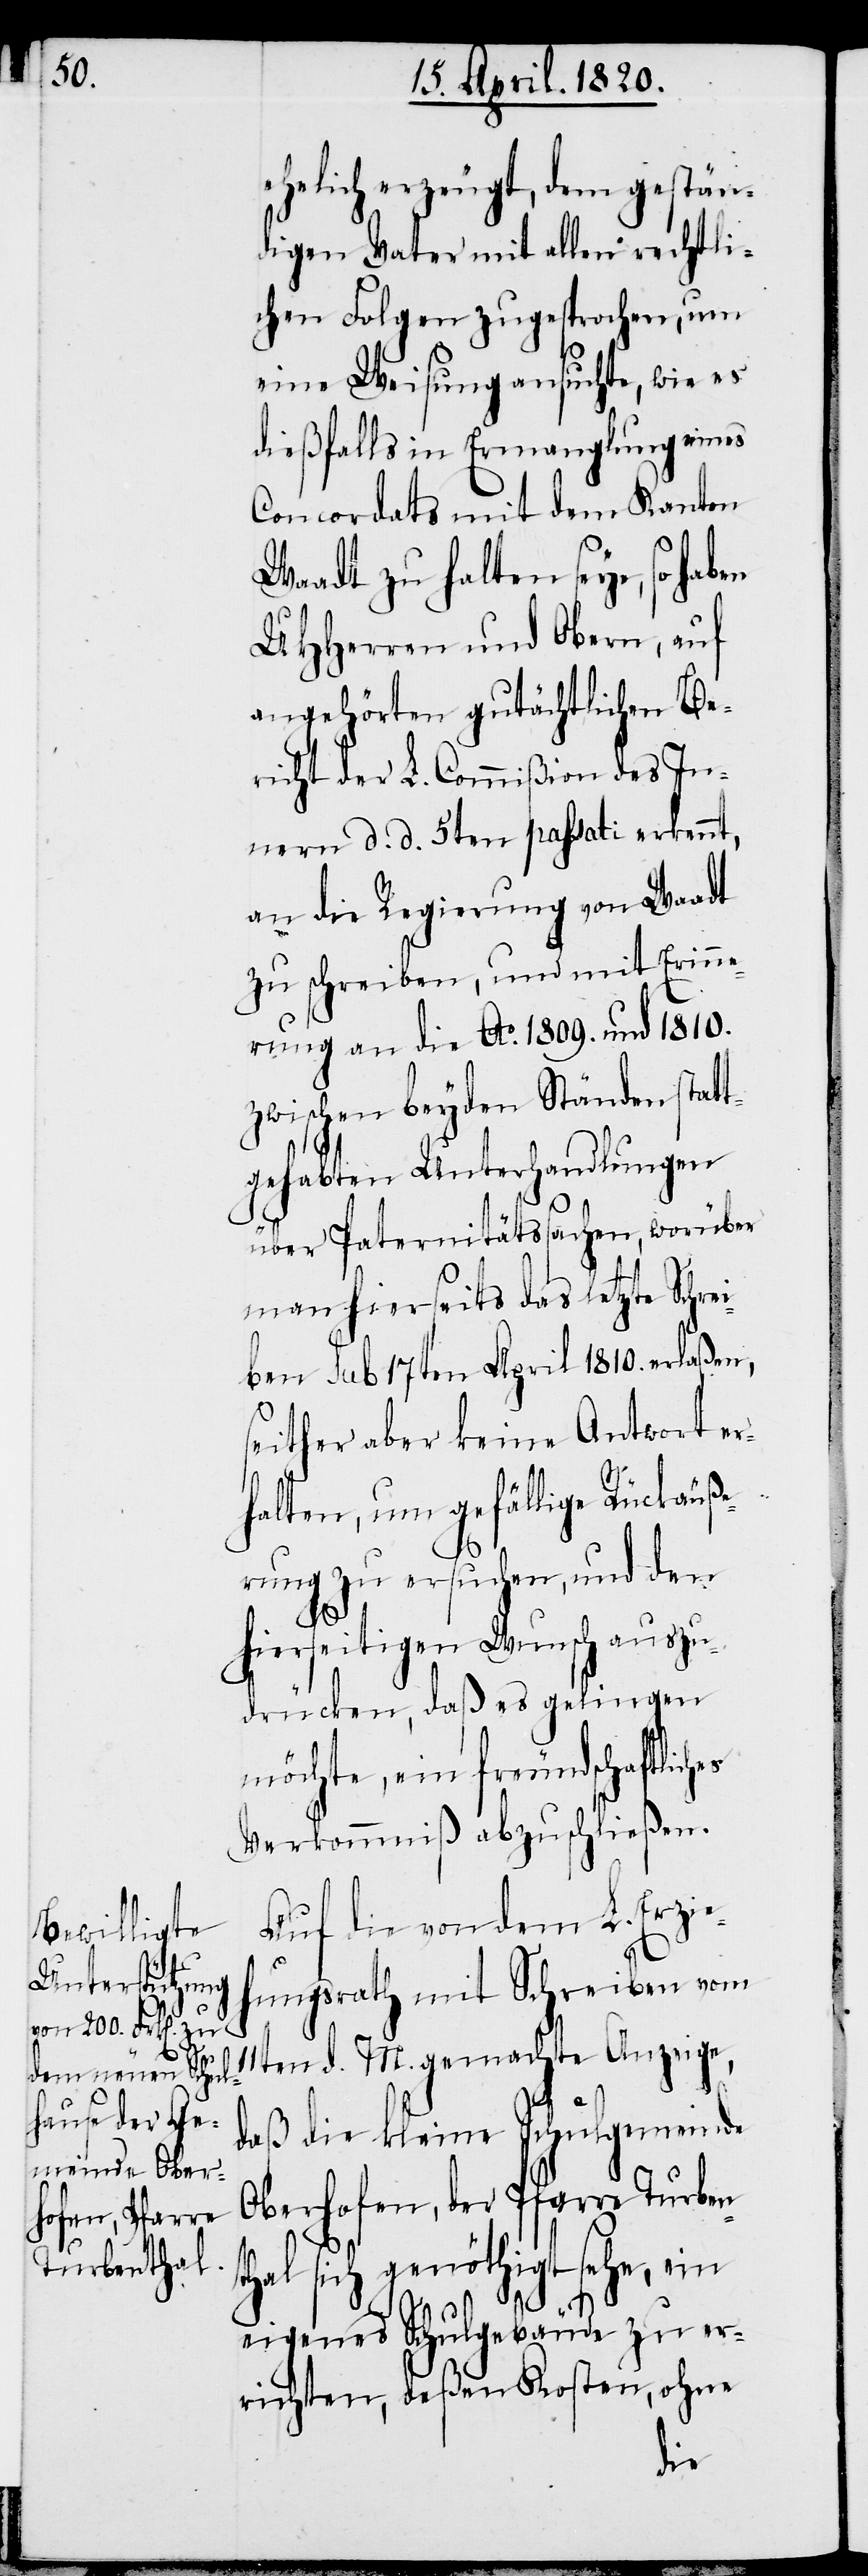
ehelich erzeugt, dem gestän¬
digen Vater mit allen rechtli¬
chen Folgen zugesprochen, um
eine Weisung ansuchte, wie es
dießfalls in Ermanglung eines
Concordats mit dem Kanton
Waadt zu halten seye, so haben
UHHerren und Obern, auf
angehörten gutächtlichen Be¬
richt der L. Commißion des In¬
nern d. d. 5ten passati erkennt,
an die Regierung von Waadt
zu schreiben, und mit Erinne¬
rung an die Ao. 1809. und 1810.
zwischen beyden Ständen statt¬
gehabten Unterhandlungen
über Paternitätssachen, worüber
man hierseits das letzte Schre¬
iben Sub 17ten April 1810. erlaßen,
seither aber keine Antwort er¬
halten, um gefällige Rückäuße¬
rung zu ersuchen, und den
hierseitigen Wunsch auszu¬
drücken, daß es gelingen
möchte, ein freundschaftlic¬
Verkommniß abzuschließen.
Auf die von dem L. Erzieh¬
ungsrath mit Schreiben vom
11ten d. M. gemachte Anzeige,
daβ die kleine Schulgemeinde
Oberhofen, der Pfarre Turben¬
thal sich genöthigt sehe, ein
hes